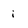
Character: i